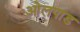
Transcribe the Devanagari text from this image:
ओलपाड